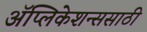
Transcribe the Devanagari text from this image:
अॅप्लिकेशन्ससाठी